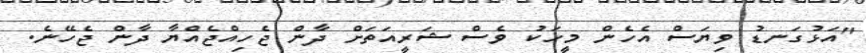
"އަޅުގަނޑު ވިޔަސް އެހެން މީހަކު ވެސް ޝަރީއަތަށް ދާން ޖެހިއްޖެއްޔާ ދާން ޖެހޭނެ.